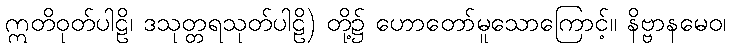
ဣတိဝုတ်ပါဠိ၊ ဒသုတ္တရသုတ်ပါဠိ) တို့၌ ဟောတော်မူသောကြောင့်။ နိဗ္ဗာနမေဝ၊